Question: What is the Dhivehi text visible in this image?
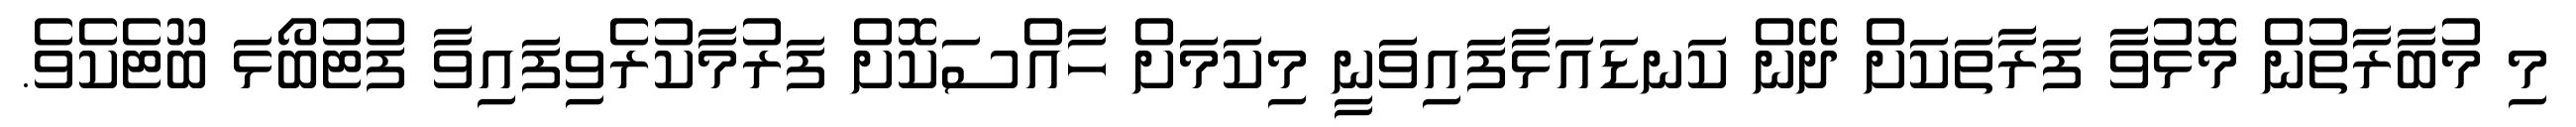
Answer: މި މުބާރާތުން މޮޅުވާ ފަރާތަކަށް ދޭން ކަނޑައަޅާފައިވަނީ މިކަމަށް ހާއްސަކޮށް ފަރުމާކުރެވިފައިވާ ފުޓުބޯޅަ ބޫޓެކެވެ.